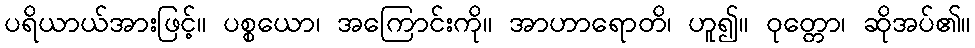
ပရိယာယ်အားဖြင့်။ ပစ္စယော၊ အကြောင်းကို။ အာဟာရောတိ၊ ဟူ၍။ ဝုတ္တော၊ ဆိုအပ်၏။